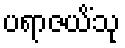
ပရာဇယိံသု